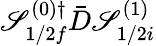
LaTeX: \mathscr{S}_{1/2f}^{(0)\dagger}\bar{{D}}\mathscr{S}_{1/2i}^{(1)}